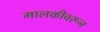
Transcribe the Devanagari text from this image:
मालकीवरून